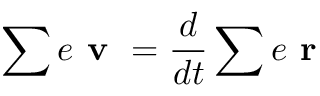
\sum e { \textbf { v } } = \frac { d } { d t } \sum e \textbf { r }